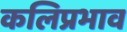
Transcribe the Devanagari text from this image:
कलिप्रभाव